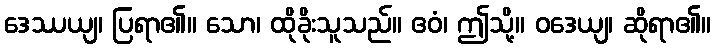
ဒေဿယျ၊ ပြရာ၏။ သော၊ ထိုခိုးသူသည်။ ဧဝံ၊ ဤသို့။ ဝဒေယျ၊ ဆိုရာ၏။